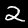
Digit: 2